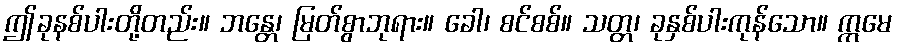
ဤခုနစ်ပါးတို့တည်း။ ဘန္တေ၊ မြတ်စွာဘုရား။ ခေါ၊ စင်စစ်။ သတ္တ၊ ခုနှစ်ပါးကုန်သော။ ဣမေ